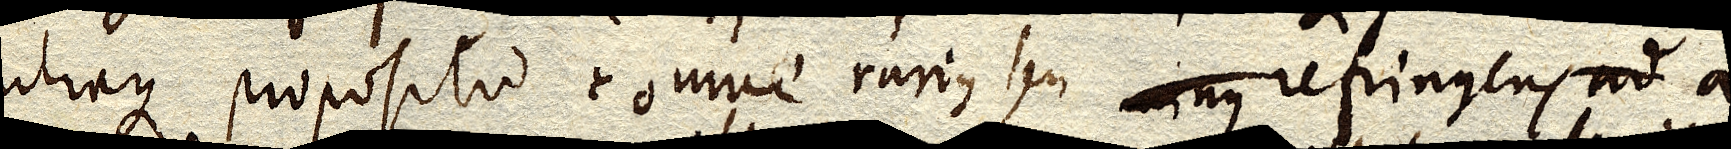
utraque propositio omne rarius seu minus refringens ad a